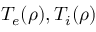
T _ { e } ( \rho ) , T _ { i } ( \rho )